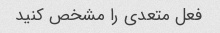
فعل متعدی را مشخص کنید